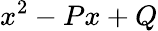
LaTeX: x^{2}-Px+Q